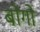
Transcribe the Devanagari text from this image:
बोगो